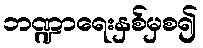
ဘဏ္ဍာရေးနှစ်မှစ၍